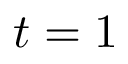
t = 1